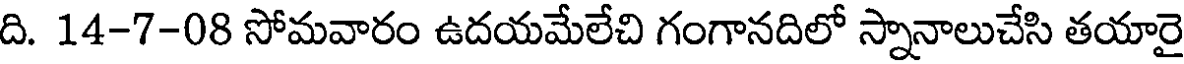
ది. 14-7-08 సోమవారం ఉదయమేలేచి గంగానదిలో స్నానాలుచేసి తయారై